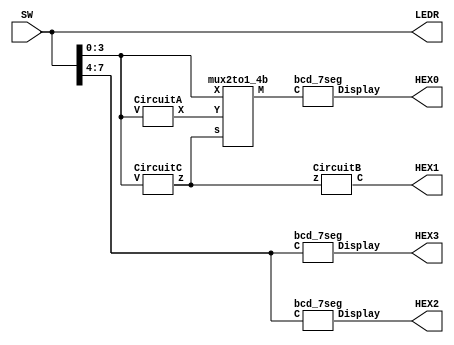
module Lab2_part2(SW,HEX2,HEX3,HEX1,HEX0,LEDR);
input [9:0]SW;
output [9:0]LEDR;
output [6:0]HEX2,HEX3,HEX1,HEX0;
wire z;
wire [3:0]X;
wire [3:0]M;
assign LEDR = SW;
CircuitC zgt9(SW[3:0],z);
CircuitB hex_2(z,HEX1);
CircuitA A0(SW[3:0],X);
mux2to1_4b a1(z,SW[3:0],X,M);
bcd_7seg hex_1(M[3:0],HEX0);
bcd_7seg sw74tohex3(SW[7:4],HEX2);
bcd_7seg sw74tohex3_2(SW[7:4],HEX3);
endmodule

module bcd_7seg(C,Display);
input [3:0]C;
output [6:0]Display;

assign Display[0] = (~C[3])&(~C[1])&(C[2]^C[0]);
assign Display[1] = (~C[3])&C[2]&(C[1]^C[0]);
assign Display[2] = (~C[3])&(~C[2])&C[1]&(~C[0]);
assign Display[3] = (~C[3])&((~C[1])&(C[2]^C[0])|(C[2]&C[1]&C[0]));
//assign Display[4] = (C[3]|(~C[1])|C[0])&(C[2]|C[1]|C[0]); //treat don't care as low
assign Display[4] = ((~C[3])&C[0])|((~C[3])&C[2]&(~C[1]))|((~C[2])&(~C[1])&C[0]); //treat don't care as high
assign Display[5] = ((~C[3])&C[1]&C[0])|((~C[3])&(~C[2])&(C[0]|C[1]));
//assign Display[6] = ((~C[3])&(~C[2])&(~C[1]))|((~C[3])&C[2]&C[1]&C[0]); //treat don't care as low
assign Display[6] = ((~C[3])&(~C[2])&(~C[1]))|(C[2]&C[1]&C[0])|(C[3]&C[2])|(C[3]&(~C[2])&C[1]); //treat don't care as high
endmodule

module CircuitC(V,z);
input [3:0]V;
output z;
assign z = (V[3]&V[2]) | (V[3]&V[1]); 
endmodule

module mux2to1(s,x,y,m);
input s,x,y;
output m;
assign m = (~s & x)|(s & y);
endmodule

module mux2to1_4b(s,X,Y,M);
input s;
input [3:0]X,Y;
output [3:0]M;
mux2to1 mux0(s,X[0],Y[0],M[0]);
mux2to1 mux1(s,X[1],Y[1],M[1]);
mux2to1 mux2(s,X[2],Y[2],M[2]);
mux2to1 mux3(s,X[3],Y[3],M[3]);
endmodule

module CircuitA(V,X);
input [3:0]V;
output [3:0] X;
assign X[0] = V[0];
assign X[1] = ~V[1];
assign X[2] = V[2]&V[1];
assign X[3] = ~V[3];
endmodule

module CircuitB(z,C);
input z;
output [6:0]C;
assign C[0] = z;
assign C[1] = 0;
assign C[2] = 0;
assign C[3] = z;
assign C[4] = z;
assign C[5] = z;
assign C[6] = 1;
endmodule